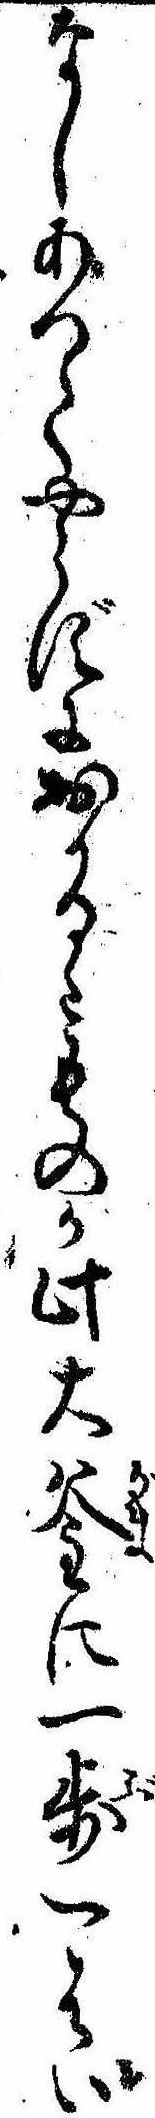
なしあつてやらずにおかるゝものか此大釜に一歩一はい